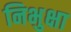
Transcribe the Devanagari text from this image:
निभुक्षा